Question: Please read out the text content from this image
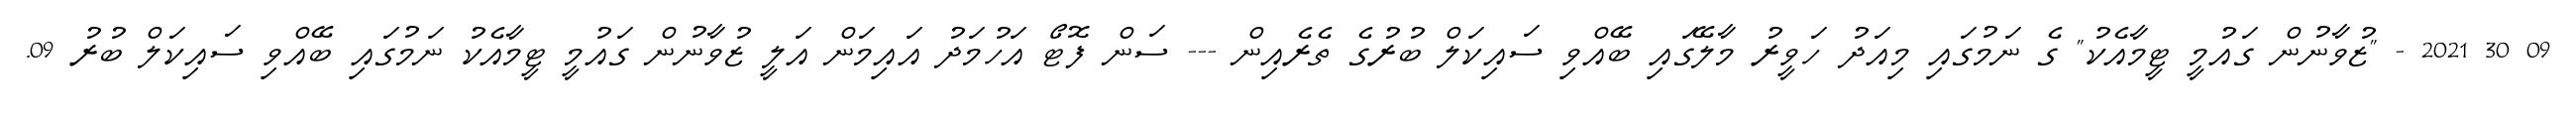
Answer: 09 30 2021 - "ޒުވާނުން ގައުމީ ޓީމާއެކު" ގެ ނަމުގައި މިއަދު ހަވީރު މާލޭގައި ބޭއްވި ސައިކަލް ބުރުގެ ތެރެއިން --- ސަން ފޮޓޯ އަހުމަދު އައިމަން އަލީ ޒުވާނުން ގައުމީ ޓީމާއެކު ނަމުގައި ބޭއްވި ސައިކަލް ބުރު 09.